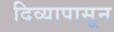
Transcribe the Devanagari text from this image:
दिव्यापासून